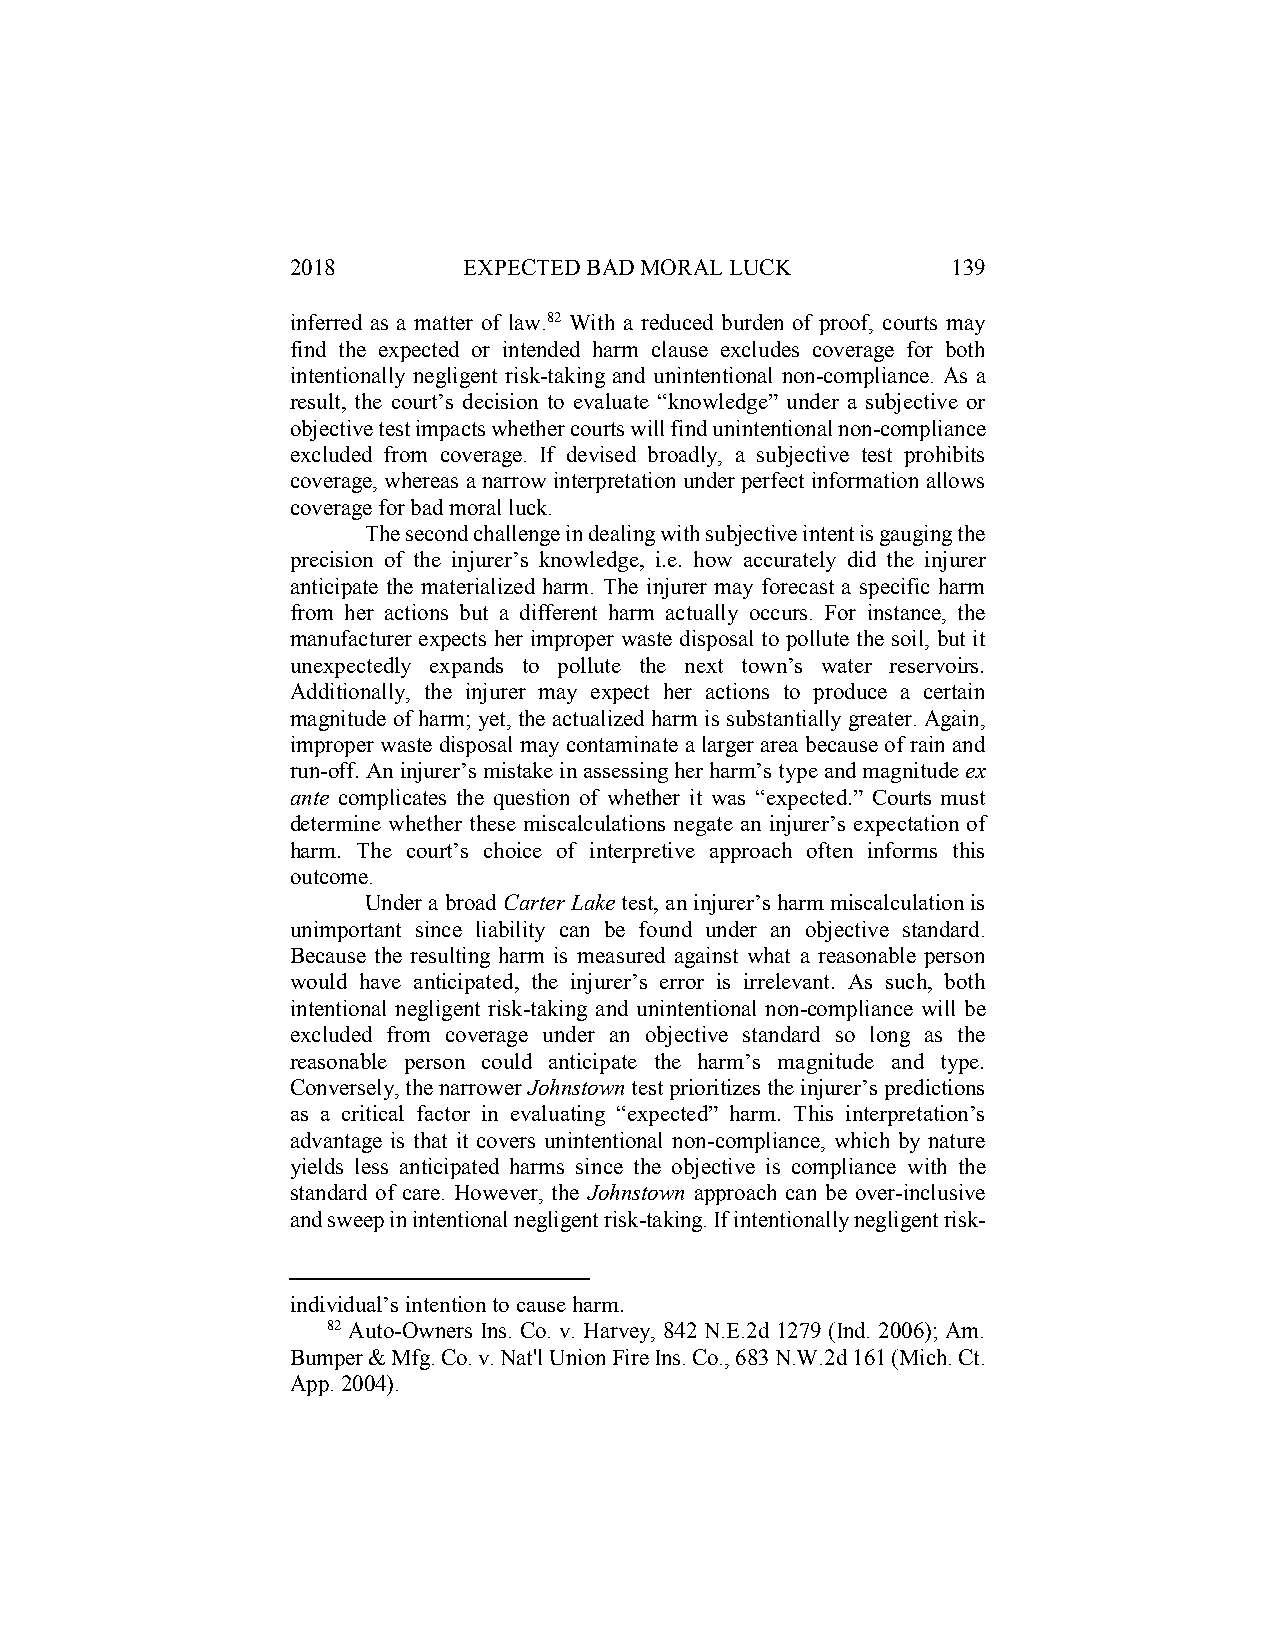
2018        EXPECTED BAD MORAL LUCK         139
 inferred as a matter of law.82 With a reduced burden of proof, courts may
 find the expected or intended harm clause excludes coverage for both
 intentionally negligent risk-taking and unintentional non-compliance. As a
 result, the court’s decision to evaluate “knowledge” under a subjective or
 objective test impacts whether courts will find unintentional non-compliance
 excluded from coverage. If devised broadly, a subjective test prohibits
 coverage, whereas a narrow interpretation under perfect information allows
 coverage for bad moral luck.
 The second challenge in dealing with subjective intent is gauging the
 precision of the injurer’s knowledge, i.e. how accurately did the injurer
 anticipate the materialized harm. The injurer may forecast a specific harm
 from her actions but a different harm actually occurs. For instance, the
 manufacturer expects her improper waste disposal to pollute the soil, but it
 unexpectedly expands to pollute the next town’s water reservoirs.
 Additionally, the injurer may expect her actions to produce a certain
 magnitude of harm; yet, the actualized harm is substantially greater. Again,
 improper waste disposal may contaminate a larger area because of rain and
 run-off. An injurer’s mistake in assessing her harm’s type and magnitude ex
 ante complicates the question of whether it was “expected.” Courts must
 determine whether these miscalculations negate an injurer’s expectation of
 harm. The court’s choice of interpretive approach often informs this
 outcome.
 Under a broad Carter Lake test, an injurer’s harm miscalculation is
 unimportant since liability can be found under an objective standard.
 Because the resulting harm is measured against what a reasonable person
 would have anticipated, the injurer’s error is irrelevant. As such, both
 intentional negligent risk-taking and unintentional non-compliance will be
 excluded from coverage under an objective standard so long as the
 reasonable person could anticipate the harm’s magnitude and type.
 Conversely, the narrower Johnstown test prioritizes the injurer’s predictions
 as a critical factor in evaluating “expected” harm. This interpretation’s
 advantage is that it covers unintentional non-compliance, which by nature
 yields less anticipated harms since the objective is compliance with the
 standard of care. However, the Johnstown approach can be over-inclusive
 and sweep in intentional negligent risk-taking. If intentionally negligent risk-
 individual’s intention to cause harm.
 82 Auto-Owners Ins. Co. v. Harvey, 842 N.E.2d 1279 (Ind. 2006); Am.
 Bumper & Mfg. Co. v. Nat'l Union Fire Ins. Co., 683 N.W.2d 161 (Mich. Ct.
 App. 2004).